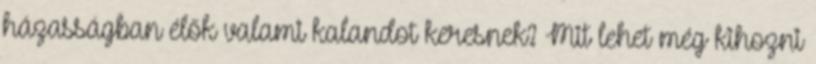
házasságban élők valami kalandot keresnek? Mit lehet még kihozni